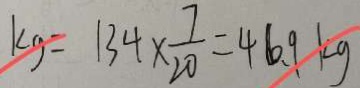
k g = 1 3 4 \times \frac { 7 } { 2 0 } = 4 6 . 9 k g